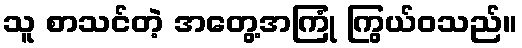
သူ စာသင်တဲ့ အတွေ့အကြုံ ကြွယ်ဝသည်။